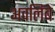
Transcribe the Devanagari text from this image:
अवलिंबे